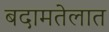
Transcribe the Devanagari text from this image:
बदामतेलात